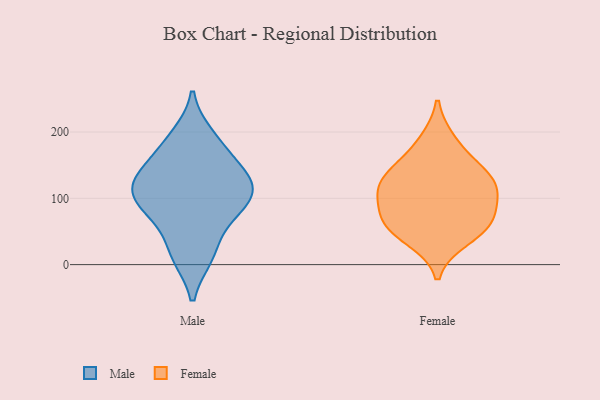
{"axis": {"x": "Latency (ms)", "y": "Value"}, "legend": ["Female", "Male"], "data": [{"x": "", "y": 194, "type": "Male"}, {"x": "", "y": 97, "type": "Male"}, {"x": "", "y": 76, "type": "Male"}, {"x": "", "y": 147, "type": "Male"}, {"x": "", "y": 108, "type": "Male"}, {"x": "", "y": 144, "type": "Male"}, {"x": "", "y": 119, "type": "Male"}, {"x": "", "y": 16, "type": "Male"}, {"x": "", "y": 66, "type": "Male"}, {"x": "", "y": 181, "type": "Male"}, {"x": "", "y": 104, "type": "Male"}, {"x": "", "y": 125, "type": "Male"}, {"x": "", "y": 13, "type": "Male"}, {"x": "", "y": 66, "type": "Female"}, {"x": "", "y": 64, "type": "Female"}, {"x": "", "y": 141, "type": "Female"}, {"x": "", "y": 111, "type": "Female"}, {"x": "", "y": 108, "type": "Female"}, {"x": "", "y": 39, "type": "Female"}, {"x": "", "y": 186, "type": "Female"}, {"x": "", "y": 61, "type": "Female"}, {"x": "", "y": 113, "type": "Female"}, {"x": "", "y": 142, "type": "Female"}]}